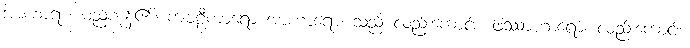
အာဟာရာ၊ မည်ကုန်၏။ ကဗဠီကာရော အာဟာရော၊ သည် လည်းကောင်း။ ဖဿာဟာရော၊ လည်းကောင်း။